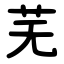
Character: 芜